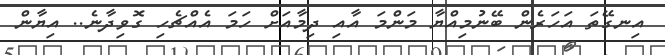
އިނގޭތަ އަހަރެން ބޭނުމިއްޔާ މަންމަ އާއި ދިމާއަށް ހަމަ އެއްޗެހި ގޮވިދާނެ.. އިޔާން